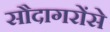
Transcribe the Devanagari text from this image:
सौदागरोंसे